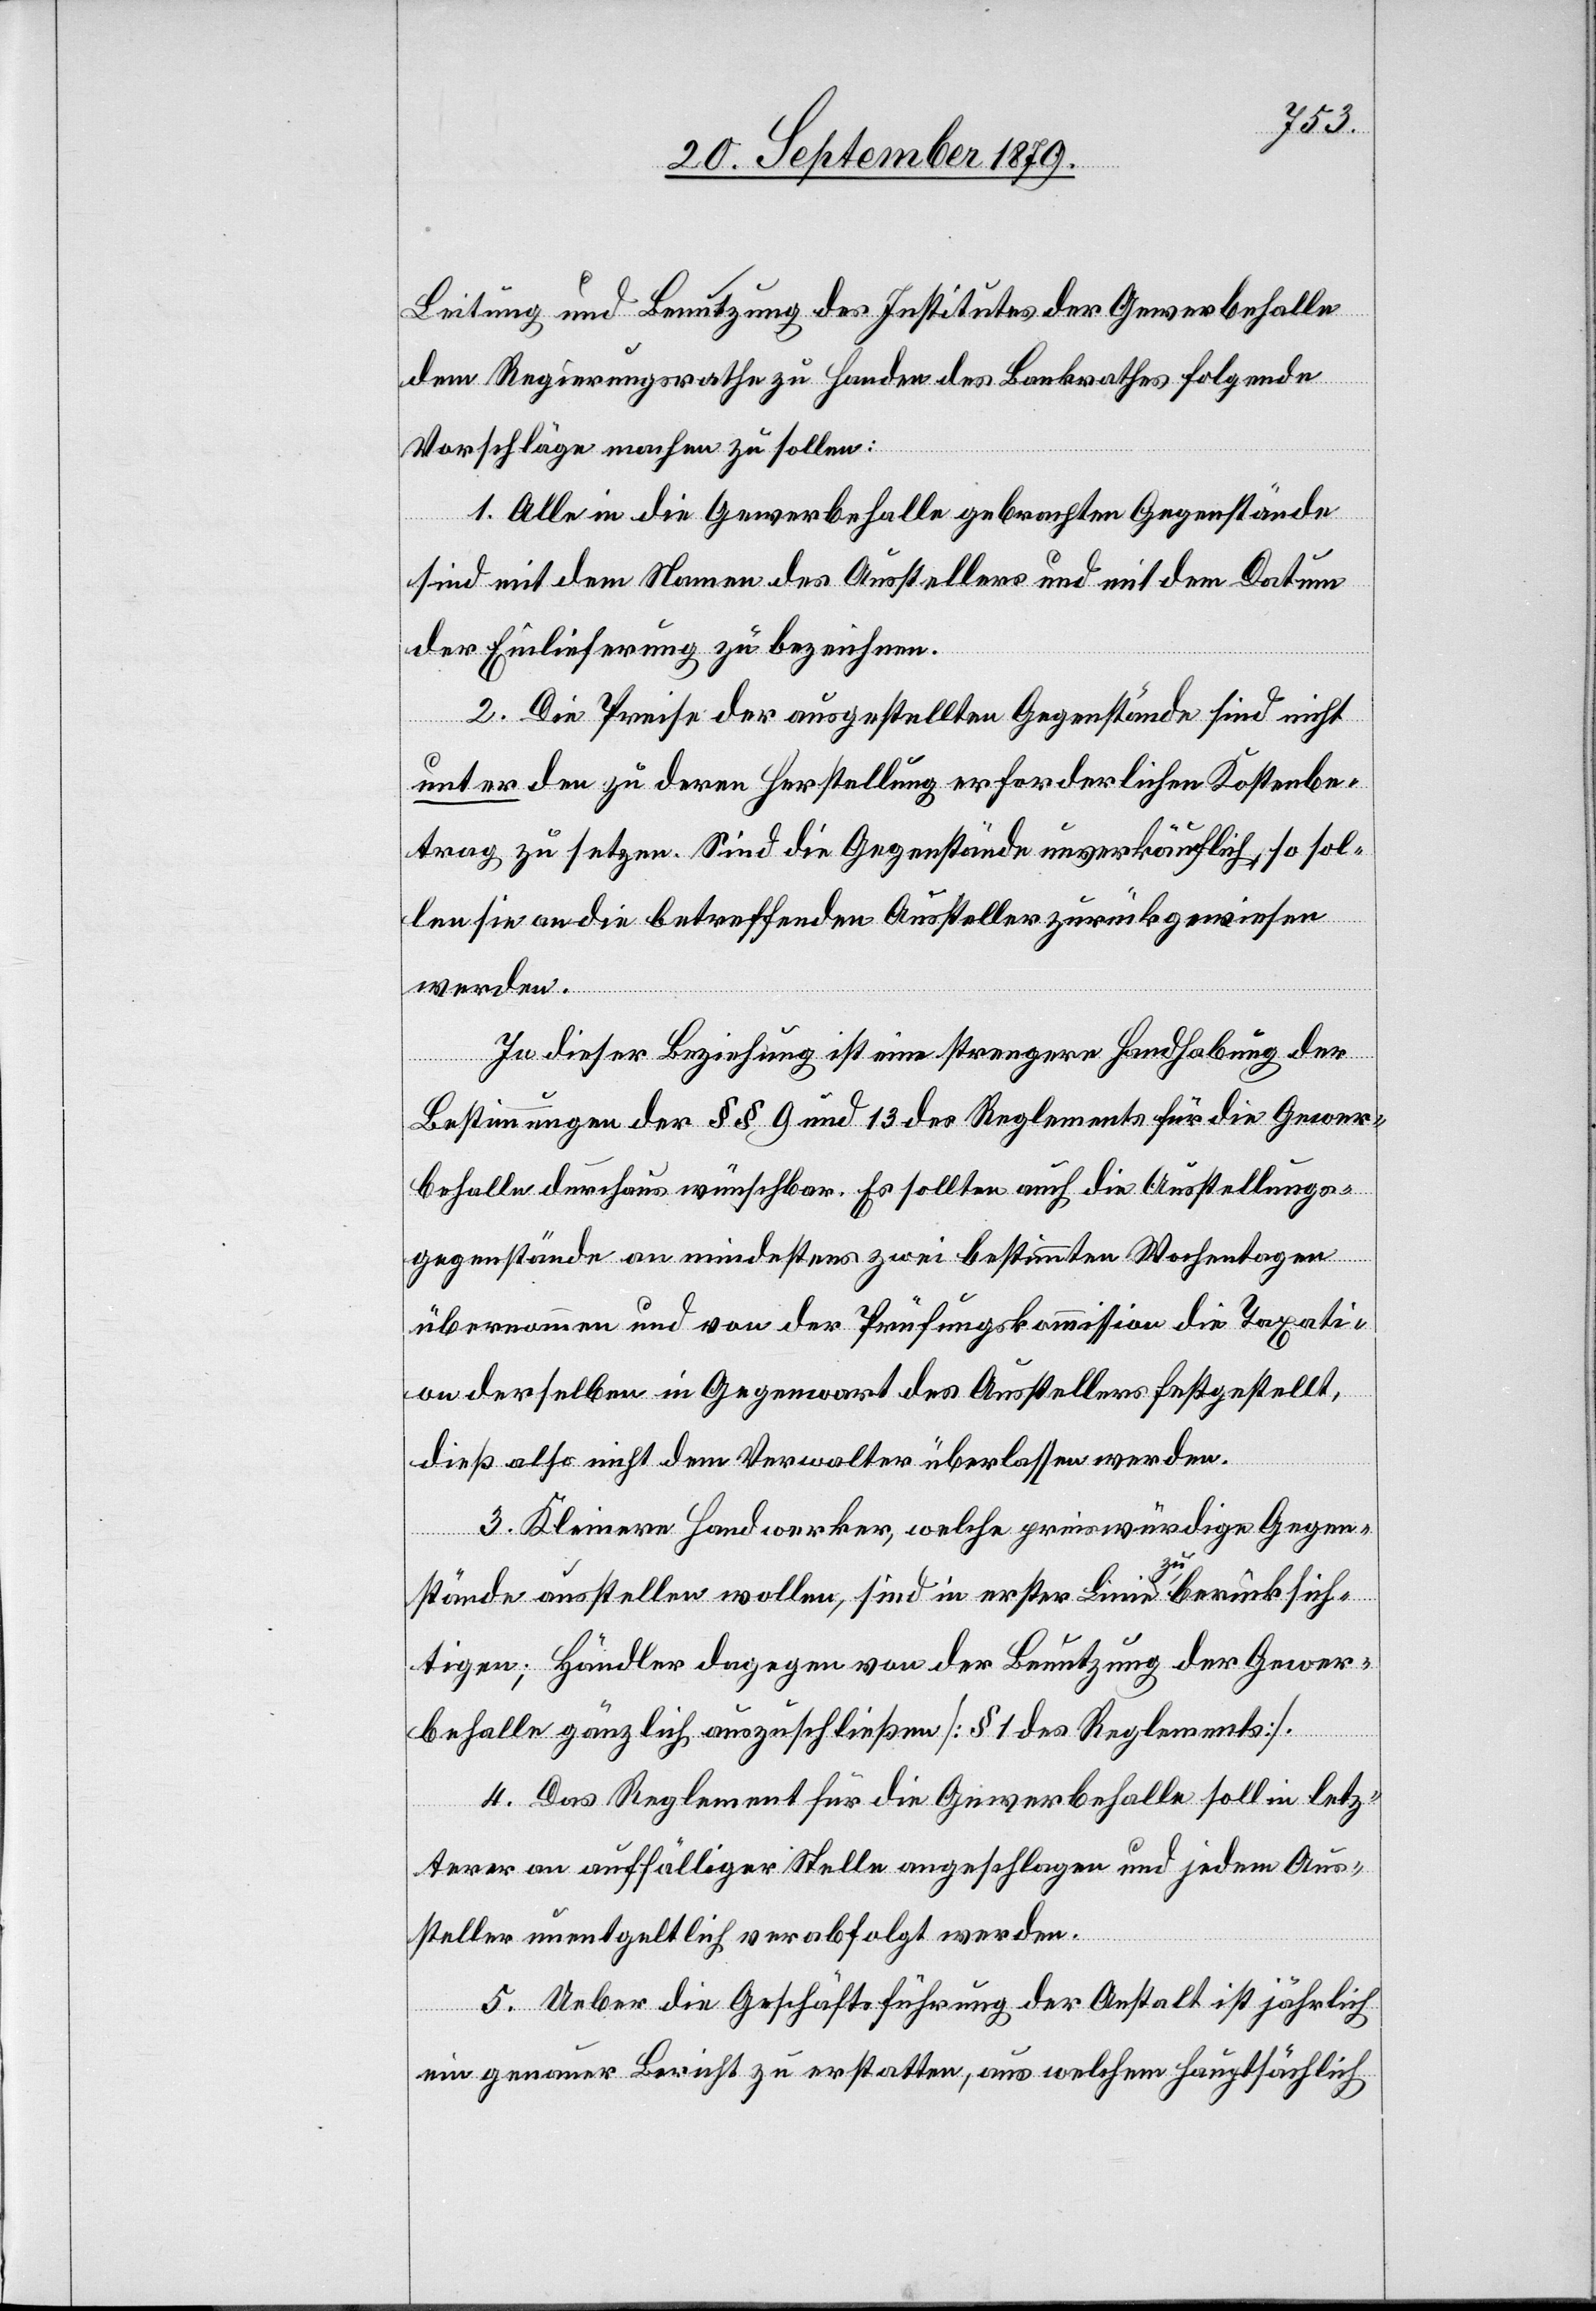
Leitung und Benutzung des Institutes der Gewerbehalle
dem Regierungsrathe zu Handen des Bankrathes folgende
Vorschläge machen zu sollen:
1. Alle in die Gewerbehalle gebrachten Gegenstände
sind mit dem Namen des Ausstellers und mit dem Datum
der Einlieferung zu bezeichnen.
2. Die Preise der ausgestellten Gegenstände sind nicht
unter den zu deren Herstellung erforderlichen Kostenbe¬
trag zu setzen. Sind die Gegenstände unverkäuflich, so sol¬
len sie an die betreffenden Aussteller zurückgewiesen
werden.
In dieser Beziehung ist eine strengere Handhabung der
Bestimmungen der §§ 9 und 13 des Reglements für die Gewer¬
behalle durchaus wünschbar. Es sollten auch die Ausstellungs¬
gegenstände an mindestens zwei bestimmten Wochentagen
übernommen und von der Prüfungskommission die Taxati¬
on derselben in Gegenwart des Ausstellers festgestellt,
dieß also nicht dem Verwalter überlassen werden.
3. Kleinere Handwerker, welche preiswürdige Gegen¬
stände ausstellen wollen, sind in erster Linie zu berücksich¬
tigen; Händler dagegen von der Benutzug der Gewer¬
behalle gänzlich auszuschließen [§ 1 des Reglements].
4. Das Reglement für die Gewerbehalle soll in letz¬
terer an auffälliger Stelle angeschlagen und jedem Aus¬
steller unentgeltlich verabfolgt werden.
5. Ueber die Geschäftsführung der Anstalt ist jährlich
ein genauer Bericht zu erstatten, aus welchem hauptsächlich